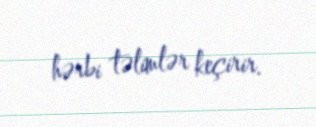
hərbi təlimlər keçirir.